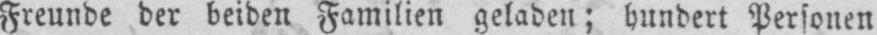
Freunde der beiden Familien geladen; hundert Personen